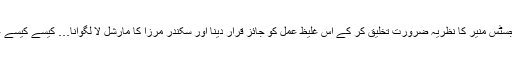
لیاقت علی خان کا قتل، غلام محمد کا اسمبلی توڑنا، جسٹس منیر کا نظریہ ضرورت تخلیق کر کے اس غلیظ عمل کو جائز قرار دینا اور سکندر مرزا کا مارشل لا لگوانا… کیسے کیسے غموں کے خریدار آئے اور ہمیں لوٹ کر چلتے بنے۔